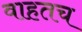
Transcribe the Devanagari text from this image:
वाहतच